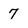
Character: 7